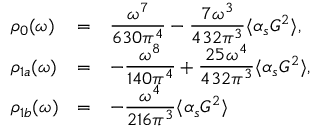
\begin{array} { l l l } { { \rho _ { 0 } ( \omega ) } } & { { = } } & { { \displaystyle { \frac { \omega ^ { 7 } } { 6 3 0 \pi ^ { 4 } } - \frac { 7 \omega ^ { 3 } } { 4 3 2 \pi ^ { 3 } } \langle \alpha _ { s } G ^ { 2 } \rangle } , } } \\ { { \rho _ { 1 a } ( \omega ) } } & { { = } } & { { \displaystyle { - \frac { \omega ^ { 8 } } { 1 4 0 \pi ^ { 4 } } + \frac { 2 5 \omega ^ { 4 } } { 4 3 2 \pi ^ { 3 } } \langle \alpha _ { s } G ^ { 2 } \rangle } , } } \\ { { \rho _ { 1 b } ( \omega ) } } & { { = } } & { { \displaystyle { - \frac { \omega ^ { 4 } } { 2 1 6 \pi ^ { 3 } } \langle \alpha _ { s } G ^ { 2 } \rangle } } } \end{array}